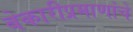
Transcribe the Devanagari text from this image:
बेकारीप्रमाणांचे